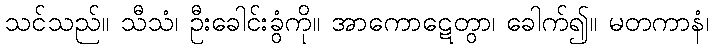
သင်သည်။ သီသံ၊ ဦးခေါင်းခွံကို။ အာကောဋေတွာ၊ ခေါက်၍။ မတကာနံ၊